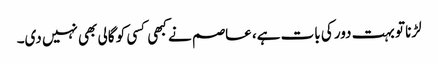
لڑنا تو بہت دور کی بات ہے، عاصم نے کبھی کسی کو گالی بھی نہیں دی۔